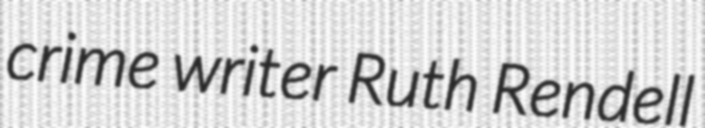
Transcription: crime writer Ruth Rendell